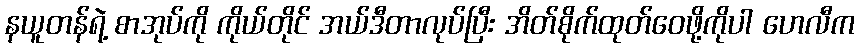
နယူတန်ရဲ့ စာအုပ်ကို ကိုယ်တိုင် အယ်ဒီတာလုပ်ပြီး အိတ်စိုက်ထုတ်ဝေဖို့ကိုပါ ဟေလီက